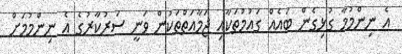
އެ ނިންމުމާ ގުޅިގެން ބައެއް ގައުމުތަކާއި ޖަމާއަތްތަކުން ވަނީ ސަރުކާރުގެ އެ ނިންމުމަށް